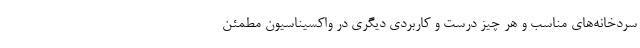
سردخانه‌های مناسب و هر چیز درست و کاربردی دیگری در واکسیناسیون مطمئن